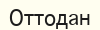
Оттодан